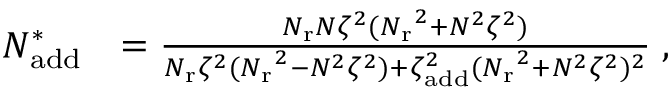
\begin{array} { r l } { N _ { \mathrm { a d d } } ^ { * } } & { = \frac { { N _ { \mathrm { r } } } N \zeta ^ { 2 } ( { N _ { \mathrm { r } } } ^ { 2 } + N ^ { 2 } \zeta ^ { 2 } ) } { { N _ { \mathrm { r } } } \zeta ^ { 2 } ( { N _ { \mathrm { r } } } ^ { 2 } - N ^ { 2 } \zeta ^ { 2 } ) + \zeta _ { \mathrm { a d d } } ^ { 2 } ( { N _ { \mathrm { r } } } ^ { 2 } + N ^ { 2 } \zeta ^ { 2 } ) ^ { 2 } } \; , } \end{array}